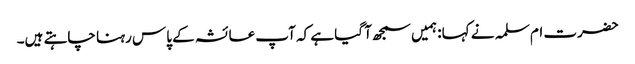
حضرت ام سلمہ نے کہا: ہمیں سمجھ آ گیا ہے کہ آپ عائشہ کے پاس رہنا چاہتے ہیں۔